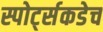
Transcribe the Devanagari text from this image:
स्पोर्ट्सकडेच